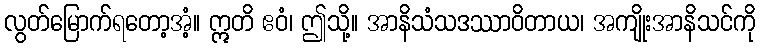
လွတ်မြောက်ရတော့အံ့။ ဣတိ ဧဝံ၊ ဤသို့။ အာနိသံသဒဿာဝိတာယ၊ အကျိုးအာနိသင်ကို